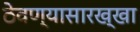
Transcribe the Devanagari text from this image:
ठेवण्यासारख्खा